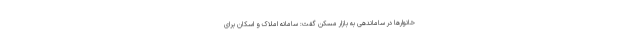
خانوارها در ساماندهی به بازار مسکن گفت: سامانه املاک و اسکان برای